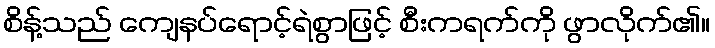
စိန့်သည် ကျေနပ်ရောင့်ရဲစွာဖြင့် စီးကရက်ကို ဖွာလိုက်၏။